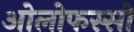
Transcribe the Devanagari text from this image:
ओलोफस्सों